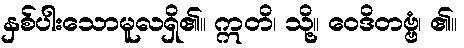
နှစ်ပါးသောမူလရှိ၏။ ဣတိ၊ သို့။ ဝေဒိတဗ္ဗံ၊ ၏။